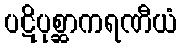
ပဋိပုစ္ဆာကရဏီယံ